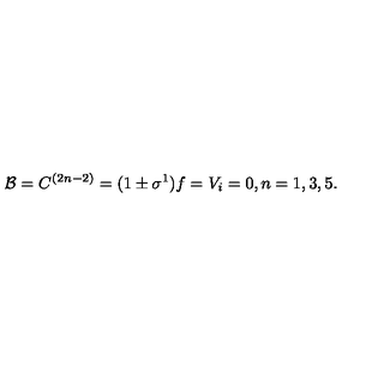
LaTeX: { \cal B } = C ^ { ( 2 n - 2 ) } = ( 1 \pm \sigma ^ { 1 } ) f = V _ { i } = 0 , n = 1 , 3 , 5 .